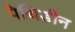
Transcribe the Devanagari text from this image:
पेथिडीन